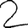
Digit: 2